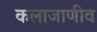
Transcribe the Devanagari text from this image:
कलाजाणीव